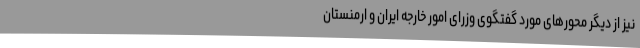
نیز از دیگر محورهای مورد گفتگوی وزرای امور خارجه ایران و ارمنستان